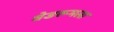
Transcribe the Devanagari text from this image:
बेडरूमला